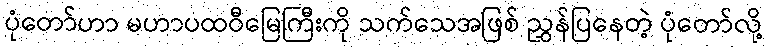
ပုံတော်ဟာ မဟာပထဝီမြေကြီးကို သက်သေအဖြစ် ညွှန်ပြနေတဲ့ ပုံတော်လို့